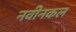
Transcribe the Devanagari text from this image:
नवीनकल